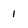
Character: l